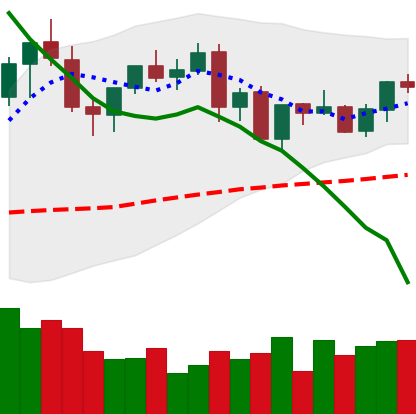
Ticker: EOS-USD
Chart end date: 2021-09-02
Forward return: -7.345%
Label: down_7plus